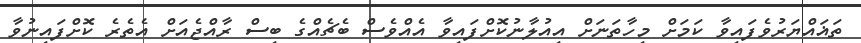
ތަޣައްޔަރުވެފައިވާ ކަމަށް މިހާތަނަށް އިއުލާނުކޮށްފައިވާ އެެއްވެސް ބެޗެއްގެ ބިސް ރާއްޖެއަށް އެތެެރެ ކޮށްފައިނުވާ